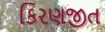
કિરણજીત